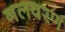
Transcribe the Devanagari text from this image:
नलवरण